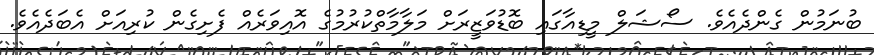
ބުނަމުން ގެންދެއެވެ. ސޯޝަލް މީޑިއާގައި ބޮޑުވަޒީރަށް މަލާމާތްކުރުމުގެ އޮއިވަރެއް ފެށިގެން ކުރިއަށް އެބަދެއެވެ.